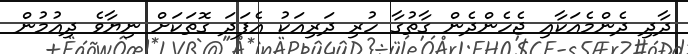
ދާދި ދެންމެއަކާއި ޖެހެންދެން ގާތުގާ ހުރި ދަރިއަކު އެފަދަ ގޮތަކަށް ނިޔާވެ ދިއުމުން